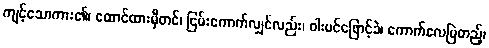
ကျင့်သောကား၏၊ ထောင်ထားမှီတင်၊ ငြမ်းကောက်လျှင်လည်း၊ ဝါးပင်ဖြောင့်ခဲ၊ ကောက်လေမြဲတည့်၊